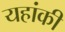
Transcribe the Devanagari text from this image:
यहांकी